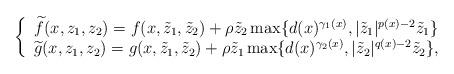
LaTeX: \begin{align*}\left\{\begin{array}{c}\widetilde{f}(x,z_{1},z_{2})=f(x,\tilde{z}_{1},\tilde{z}_{2})+\rho \tilde{z}_{2}\max \{d(x)^{\gamma _{1}(x)},|\tilde{z}_{1}|^{p(x)-2}\tilde{z}_{1}\} \\\widetilde{g}(x,z_{1},z_{2})=g(x,\tilde{z}_{1},\tilde{z}_{2})+\rho \tilde{z}_{1}\max \{d(x)^{\gamma _{2}(x)},|\tilde{z}_{2}|^{q(x)-2}\tilde{z}_{2}\},\end{array}\right. \end{align*}